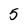
Character: 5